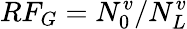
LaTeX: RF_{G}=N_{0}^{v}/N_{L}^{v}